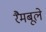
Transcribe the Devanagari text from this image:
रैमबूले